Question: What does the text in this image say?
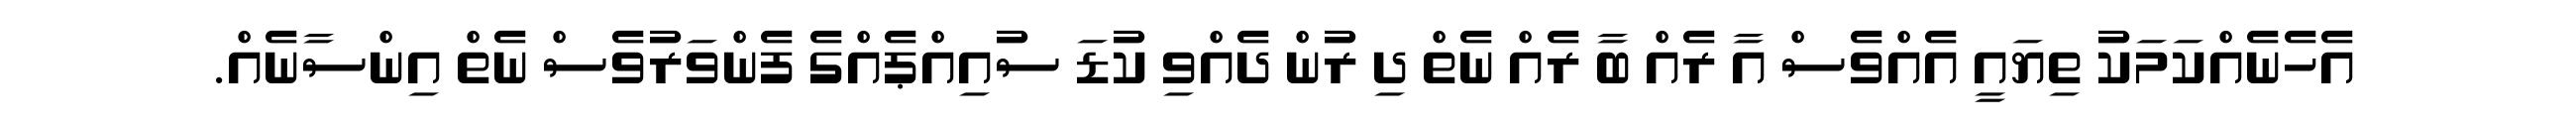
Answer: އެހެނެއްކަމަކު ތިޔައީ އެއްވެސް އާ ރެއް ބާ ރެއް ނެތް ދި ރުން ދެއްވި ކުޑަ ސުއިއްޕެއްގެ ފެންވަރުވެސް ނެތް އިންސާނެއް.